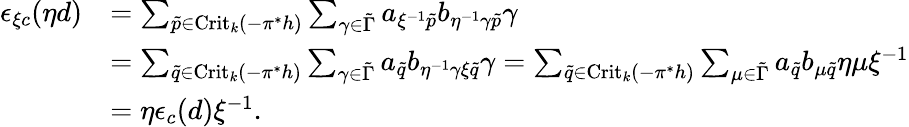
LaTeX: \begin{array}{rl}{\epsilon_{\xi c}(\eta d)}&{=\sum_{\tilde{p}\in\mathrm{Crit}_{k}(-\pi^{*}h)}\sum_{\gamma\in\tilde{\Gamma}}a_{\xi^{-1}\tilde{p}}b_{\eta^{-1}\gamma\tilde{p}}\gamma}\\ &{=\sum_{\tilde{q}\in\mathrm{Crit}_{k}(-\pi^{*}h)}\sum_{\gamma\in\tilde{\Gamma}}a_{\tilde{q}}b_{\eta^{-1}\gamma\xi\tilde{q}}\gamma=\sum_{\tilde{q}\in\mathrm{Crit}_{k}(-\pi^{*}h)}\sum_{\mu\in\tilde{\Gamma}}a_{\tilde{q}}b_{\mu\tilde{q}}\eta\mu\xi^{-1}}\\ &{=\eta\epsilon_{c}(d)\xi^{-1}.}\end{array}